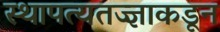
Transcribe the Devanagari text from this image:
स्थापत्यतज्‍ज्ञाकडून